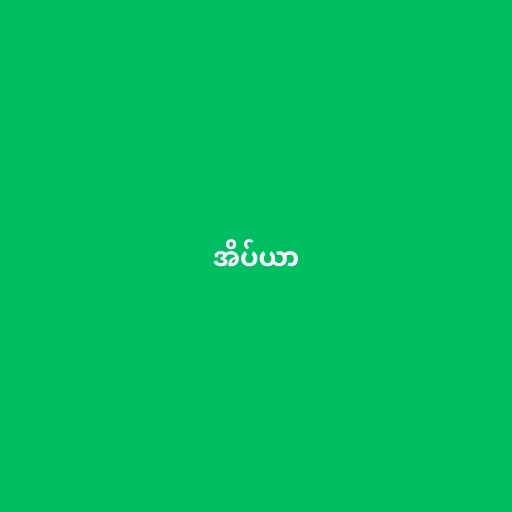
အိပ်ယာ